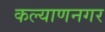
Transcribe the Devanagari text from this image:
कल्याणनगर